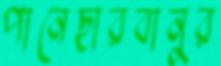
পানেছারবানুর